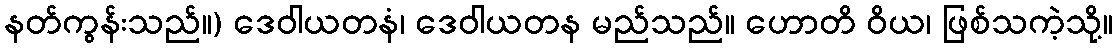
နတ်ကွန်းသည်။) ဒေဝါယတနံ၊ ဒေဝါယတန မည်သည်။ ဟောတိ ဝိယ၊ ဖြစ်သကဲ့သို့။